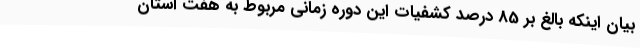
بیان اینکه بالغ بر 85 درصد کشفیات این دوره زمانی مربوط به هفت استان